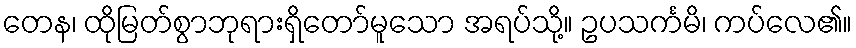
တေန၊ ထိုမြတ်စွာဘုရားရှိတော်မူသော အရပ်သို့။ ဥပသင်္ကမိ၊ ကပ်လေ၏။